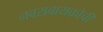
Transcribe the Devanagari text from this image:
नवराबायकोचीं